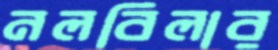
নলবিলার